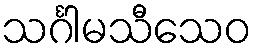
သင်္ဂါမသီသေဝ